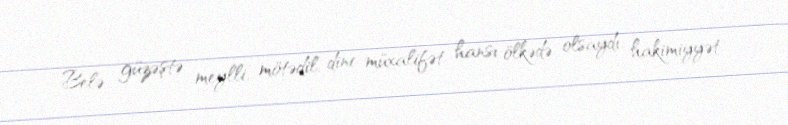
Belə güzəştə meylli, mötədil, dinc müxalifət hansı ölkədə olsaydı, hakimiyyət